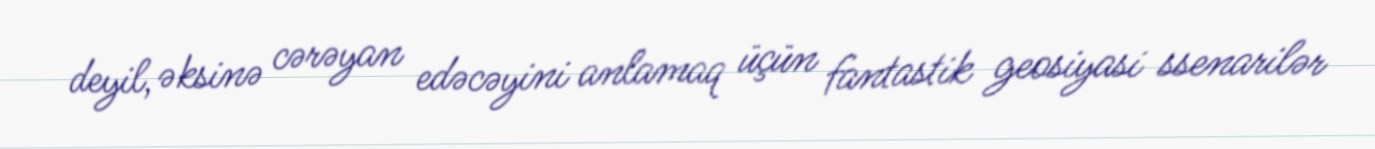
deyil, əksinə cərəyan edəcəyini anlamaq üçün fantastik geosiyasi ssenarilər